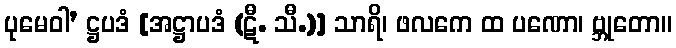
ပုမေဝါ’ ဋ္ဌပဒံ [အဋ္ဌာပဒံ (ဋီ. သီ.)] သာရိ၊ ဖလကေ ထ ပဏော၊ ဗ္ဘုတော။